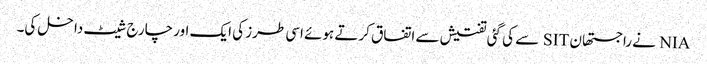
NIA نے راجستھان SIT سے کی گئی تفتیش سے اتفاق کرتے ہوئے اسی طرز کی ایک اور چارج شیٹ داخل کی۔